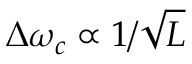
\Delta \omega _ { c } \propto 1 / \sqrt { L }